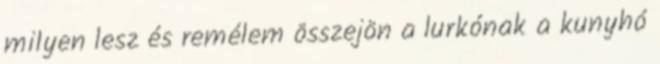
milyen lesz és remélem összejön a lurkónak a kunyhó